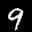
Label: 9